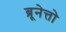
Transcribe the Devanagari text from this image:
ब्रूनेत्तो